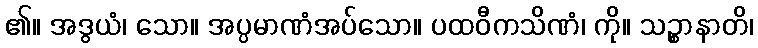
၏။ အဒွယံ၊ သော။ အပ္ပမာဏံအပ်သော။ ပထဝီကသိဏံ၊ ကို။ သဉ္စာနာတိ၊